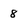
Character: 8